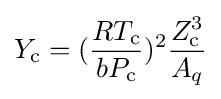
Y_{\text{c}}=({\frac {RT_{\text{c}}}{bP_{\text{c}}}})^{2}{\frac {Z_{\text{c}}^{3}}{A_{q}}}